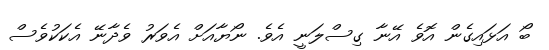
ބޯ އަޅައިގެން އޮވެ އޭނާ ގިސްލަނީ އެވެ. ނޯޔާއަށް އެވަރު ވެދާނޭ އެކަކުވެސް